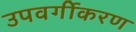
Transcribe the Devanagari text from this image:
उपवर्गीकरण